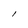
Character: l